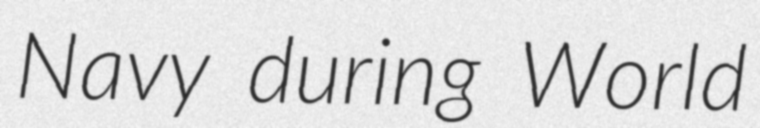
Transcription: Navy during World